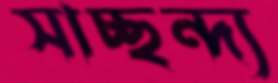
সাচ্ছন্দ্য